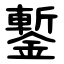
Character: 鏨